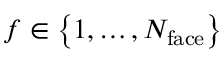
f \in \left\lbrace 1 , \dots , N _ { \mathrm { f a c e } } \right\rbrace